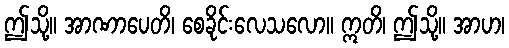
ဤသို့။ အာဏာပေတိ၊ စေခိုင်းလေသလော။ ဣတိ၊ ဤသို့။ အာဟ၊